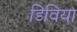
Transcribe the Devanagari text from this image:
डिविया